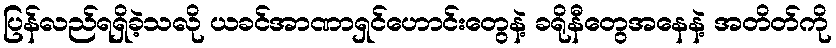
ပြန်လည်ရရှိခဲ့သလို ယခင်အာဏာရှင်ဟောင်းတွေနဲ့ ခရိုနီတွေအနေနဲ့ အတိတ်ကို